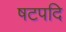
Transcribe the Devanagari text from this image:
षटपदि